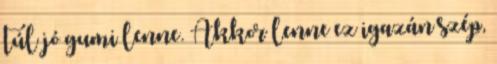
túl jó gumi lenne. Akkor lenne ez igazán szép,